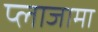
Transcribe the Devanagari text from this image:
प्लाजामा